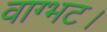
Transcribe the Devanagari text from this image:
वाग्भट।